Report on vaccination in Madras 1895-1903 - 1895-1903
Year: 1895
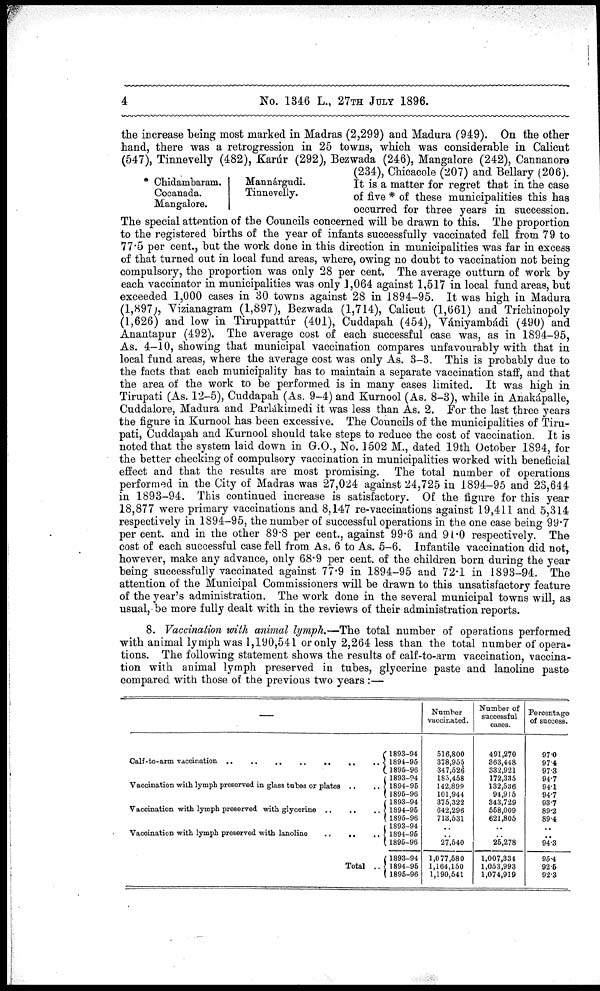
4
No. 1346 L., 27TH JULY 1896.
* Chidambaram.
Cooanada.
Mangalore.
Mannárgudi.
Tinnevelly.
the increase being most marked in Madras (2,299) and Madura (949). On the other
hand, there was a retrogression in 25 towns, which was considerable in Calicut
(547), Tinnevelly (482), Karúr (292), Bezwada (246), Mangalore (242), Cannanore
(234), Chicacole (207) and Bellary (206).
It is a matter for regret that in the case
of five * of these municipalities this has
occurred for three years in succession.
The special attention of the Councils concerned will be drawn to this. The proportion
to the registered births of the year of infants successfully vaccinated fell from 79 to
77.5 per cent., but the work done in this direction in municipalities was far in excess
of that turned out in local fund areas, where, owing no doubt to vaccination not being
compulsory, the proportion was only 28 per cent. The average outturn of work by
each vaccinator in municipalities was only 1,064 against 1,517 in local fund areas, but
exceeded 1,000 cases in 30 towns against 28 in 1894-95. It was high in Madura
(1,897), Vizianagram (1,897), Bezwada (1,714), Calicut (1,661) and Trichinopoly
(1,626) and low in Tiruppattúr (401), Cuddapah (454), Vániyambádi (490) and
Anantapur (492). The average cost of each successful case was, as in 1894-95,
As. 4-10, showing that municipal vaccination compares unfavourably with that in
local fund areas, where the average cost was only As. 3-3. This is probably due to
the facts that each municipality has to maintain a separate vaccination staff, and that
the area of the work to be performed is in many cases limited. It was high in
Tirupati (As. 12-5), Cuddapah (As. 9-4) and Kurnool (As. 8-3), while in Anakápalle,
Cuddalore, Madura and Parlákimedi it was less than As. 2. For the last three years
the figure in Kurnool has been excessive. The Councils of the municipalities of Tiru-
pati, Cuddapah and Kurnool should take steps to reduce the cost of vaccination. It is
noted that the system laid down in G.O., No. 1502 M., dated 19th October 1894, for
the better checking of compulsory vaccination in municipalities worked with beneficial
effect and that the results are most promising. The total number of operations
performed in the City of Madras was 27,024 against 24,725 in 1894-95 and 23,644
in 1893-94. This continued increase is satisfactory. Of the figure for this year
18,877 were primary vaccinations and 8,147 re-vaccinations against 19,411 and 5,314
respectively in 1894-95, the number of successful operations in the one case being 99.7
per cent. and in the other 89.8 per cent., against 99.6 and 91.0 respectively. The
cost of each successful case fell from As. 6 to As. 5-6. Infantile vaccination did not,
however, make any advance, only 68.9 per cent. of the children born during the year
being successfully vaccinated against 77.9 in 1894-95 and 72.1 in 1893-94. The
attention of the Municipal Commissioners will be drawn to this unsatisfactory feature
of the year's administration. The work done in the several municipal towns will, as
usual, be more fully dealt with in the reviews of their administration reports.
8. Vaccination with animal lymph.—The total number of operations performed
with animal lymph was 1,190,541 or only 2,264 less than the total number of opera-
tions. The following statement shows the results of calf-to-arm vaccination, vaccina-
tion with animal lymph preserved in tubes, glycerine paste and lanoline paste
compared with those of the previous two years :—
—
Caif-to-arm vaccination .. .. .. .. .. .. ..
Vaccination with lymph preserved in glass tubes or plates .. ..
Vaccination with lymph preserved with glycerine .. .. ..
Vaccination with lymph preserved with lanoline
..
..
..
Total ..
1893-94
1894-96
1895-96
1893-94
1894-95
1895-96
1893-94
1894-95
1895-96
1893-94
1894-96
1895-96
1893-94
1894-95
1895-96
Number
vaccinated.
516,800
378,955
347,526
185,468
142,899
101,944
375,322
642,296
713,531
..
..
27,540
1,077,580
1,164,150
1,190,541
Number of
successful
cases.
491,270
363,448
332,921
172,335
132,536
94,915
343,729
558,009
621,805
..
..
25,278
1,007,334
1,053,993
1,074,919
Percentage
of success.
97.0
97.4
97.3
94.7
94.1
94.7
93.7
89.2
89.4
..
..
94.3
95.4
92.5
92.3